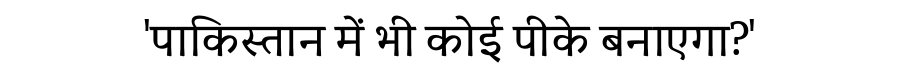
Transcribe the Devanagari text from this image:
'पाकिस्तान में भी कोई पीके बनाएगा?'